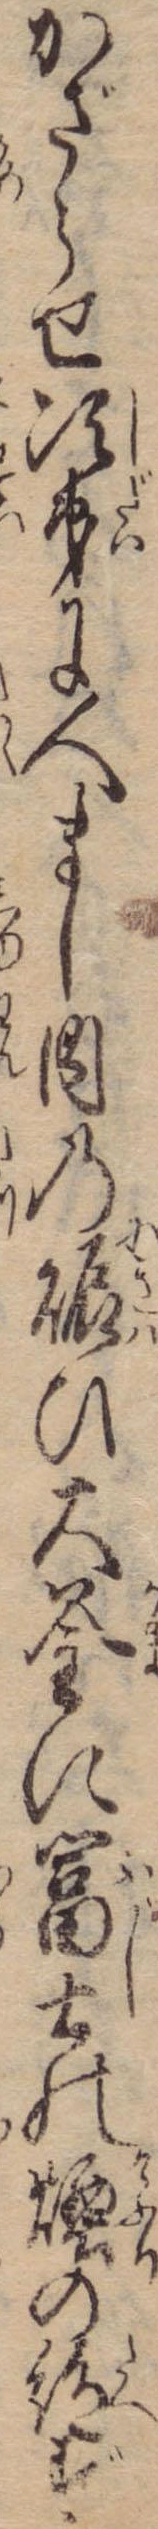
かざらせ次第に人まし内の賑ひ大釜に富士の煙の絶ず